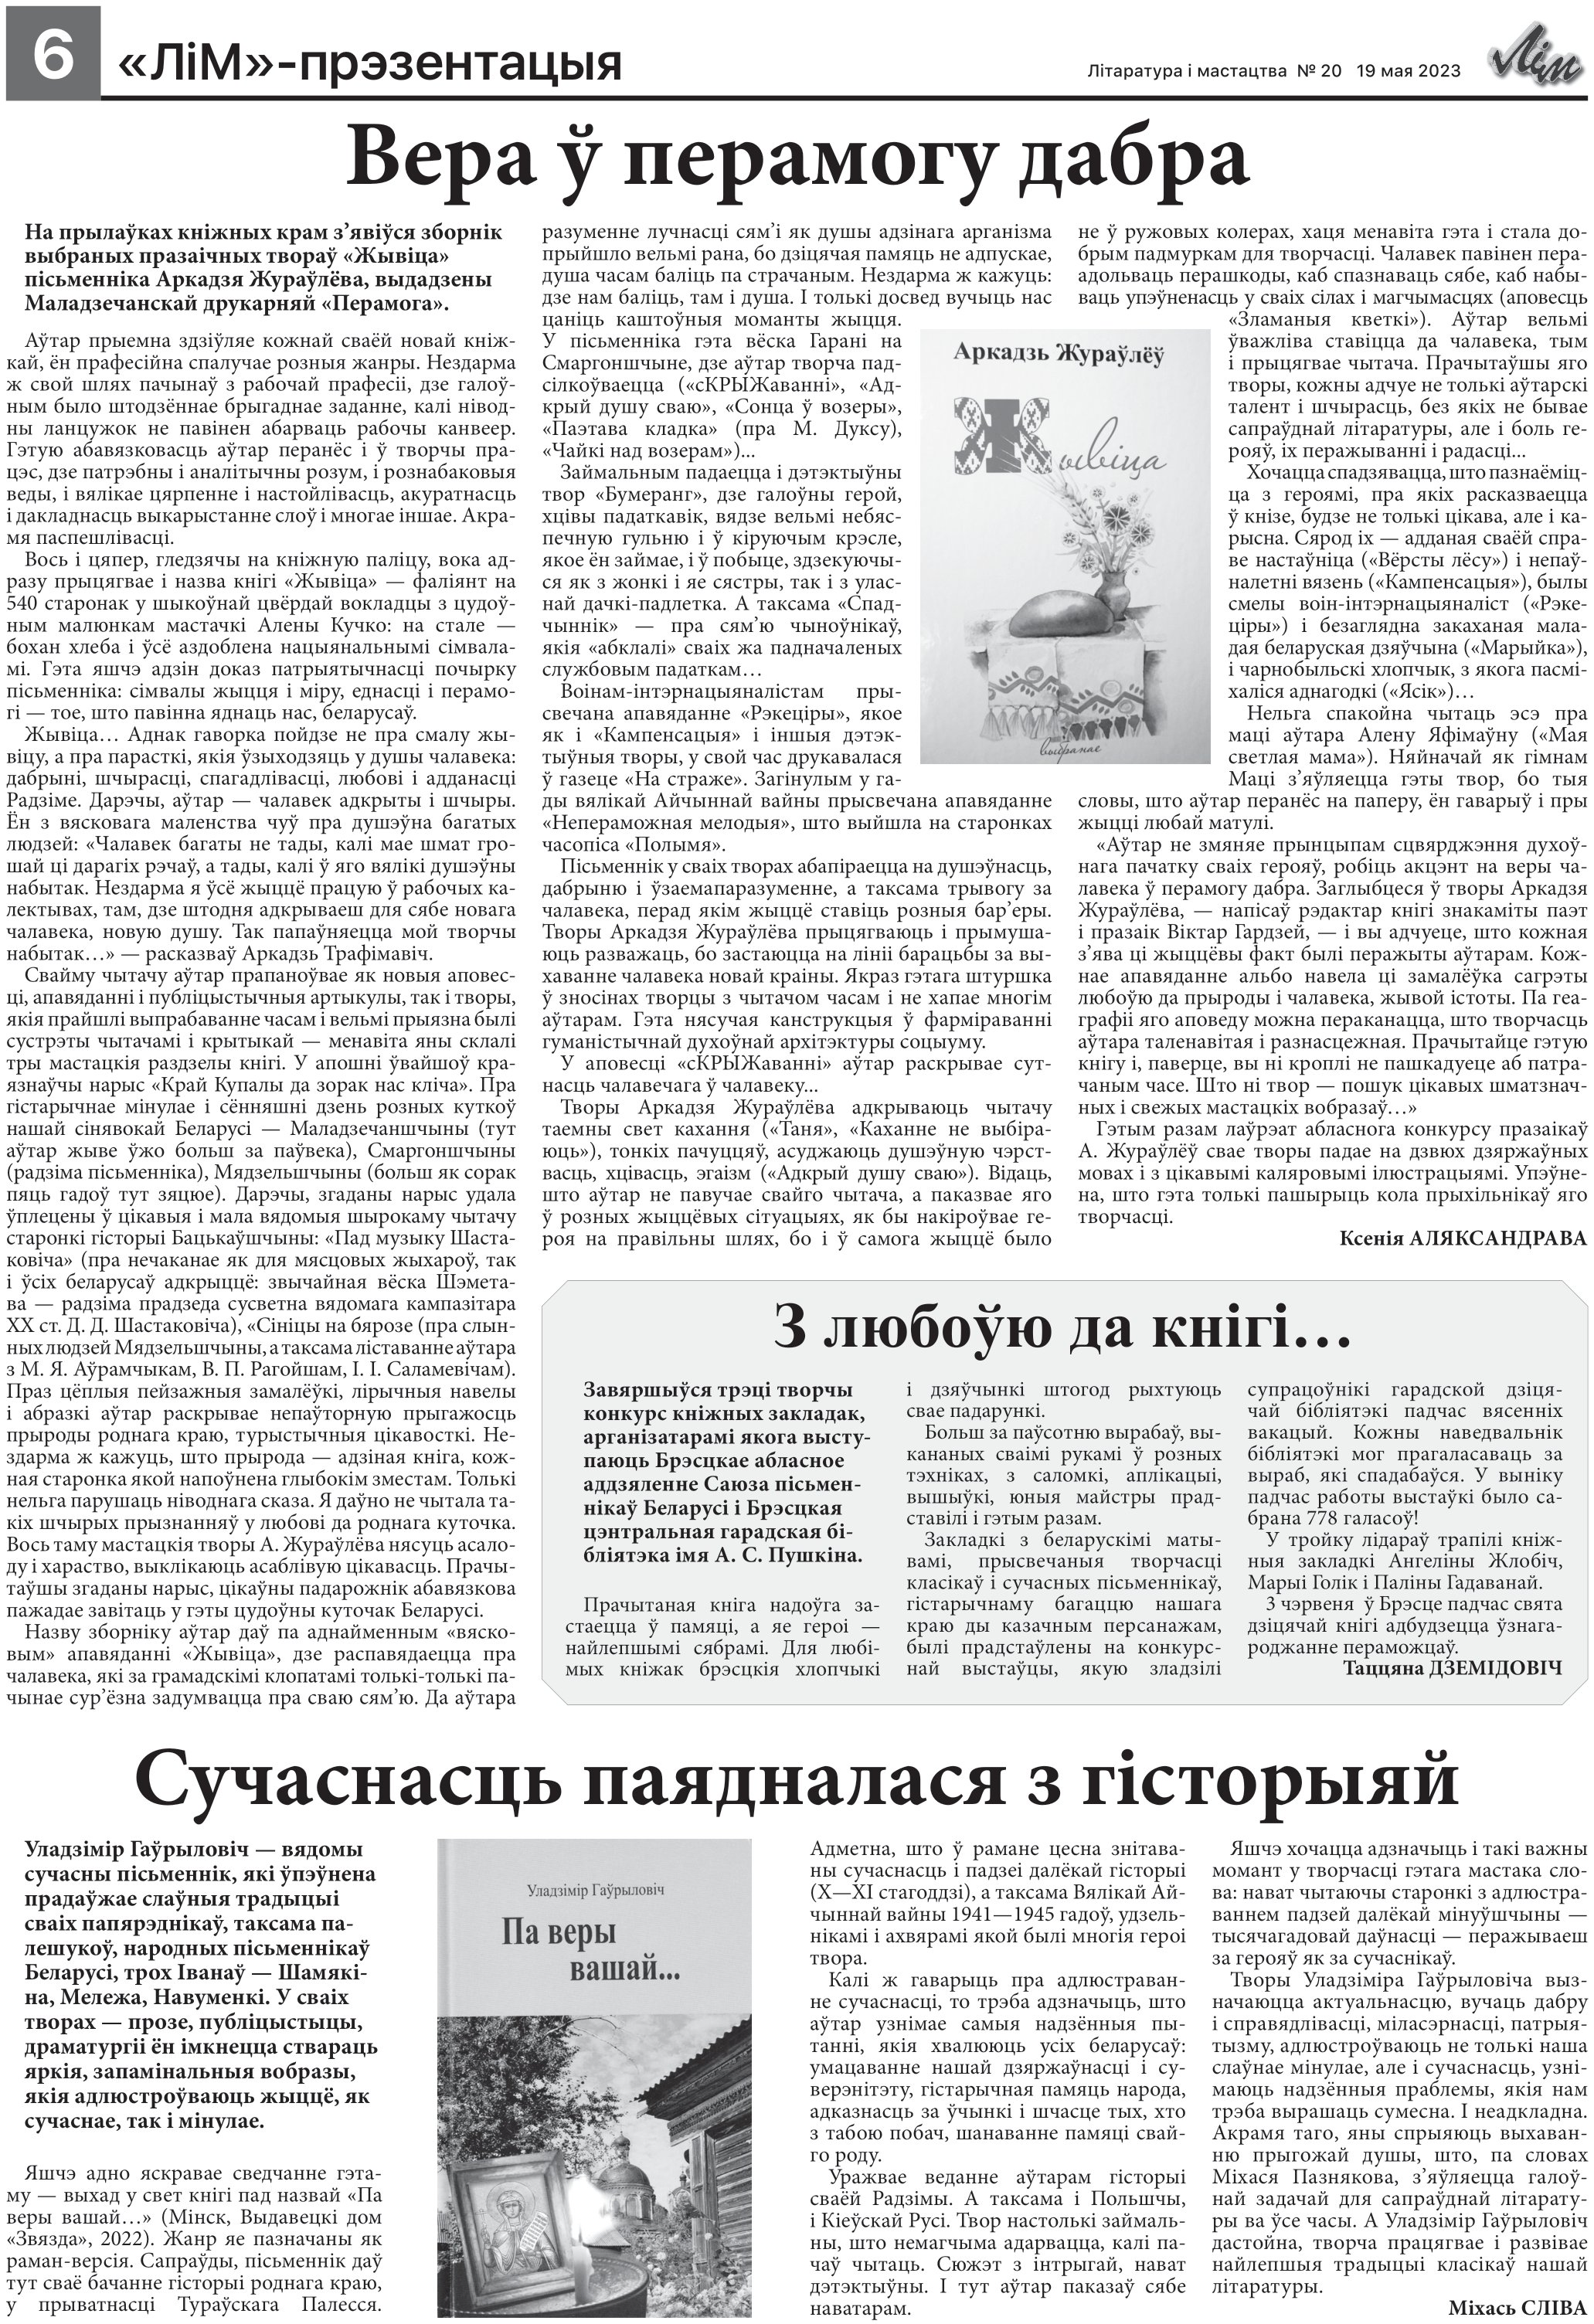
Language: be